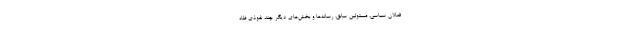
فعالان سیاسی، مسئولین سابق، رسانه‌ها و بخش‌های دیگر چند نفوذی ظاه